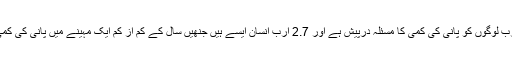
دنیا میں کم از کم ایک ارب لوگوں کو پانی کی کمی کا مسئلہ درپیش ہے اور 2.7 ارب انسان ایسے ہیں جنھیں سال کے کم از کم ایک مہینے میں پانی کی کمی کا سامنا کرنا پڑتا ہے۔